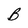
Character: B